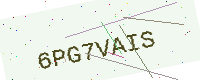
Text: 6PG7VAIS